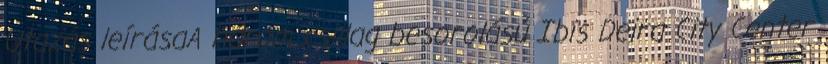
Utazás leírásaA három csillag besorolású Ibis Deira City Center